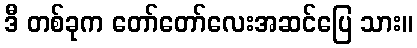
ဒီ တစ်ခုက တော်တော်လေးအဆင်ပြေ သား။